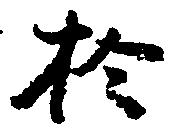
於